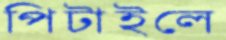
পিটাইলে